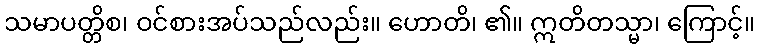
သမာပတ္တိစ၊ ဝင်စားအပ်သည်လည်း။ ဟောတိ၊ ၏။ ဣတိတသ္မာ၊ ကြောင့်။